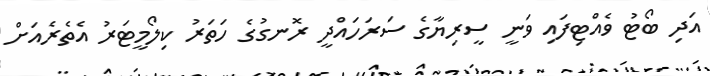
އަދި ބޯޓު ވެއްޓިފައި ވަނީ ސީރިޔާގެ ސަރަހައްދީ ރޮނގުގެ ހަތަރު ކިލޯމީޓަރު އެތެރެއަށް